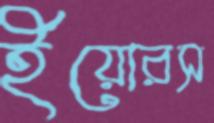
ইয়োরস